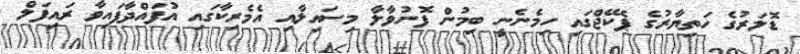
ޑޮލަރުގެ ހަތިޔާރުގެ ޕެކޭޖްގައި ހިމެނެނީ ބިމުން ފޮނުވާލާ މިސައިލާއި އެމެރިކާގައި އުފައްދާފައިވާ ރައިފަލް